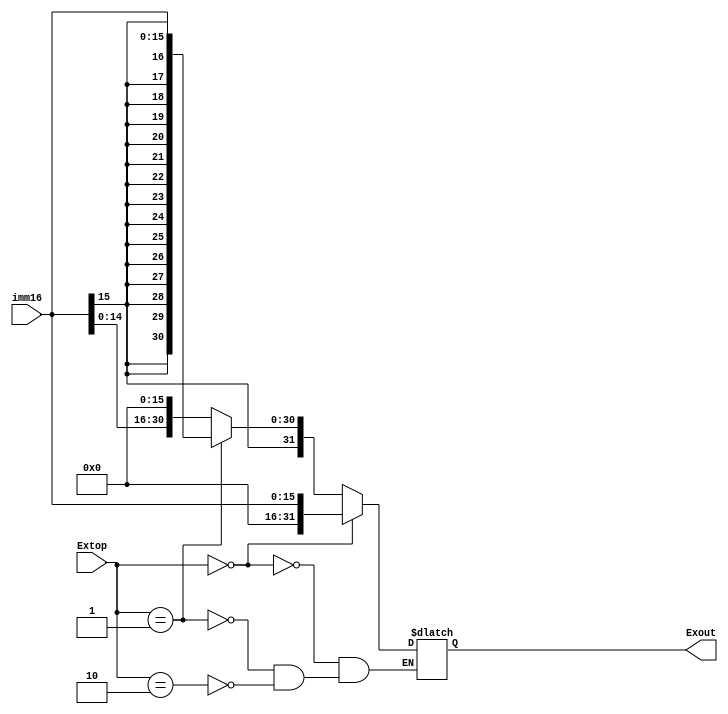
module extender(imm16, Extop, Exout);

input[15:0]	imm16;
input[1:0]	Extop;
output[31:0] Exout;

reg[31:0]	Exout;

always @(*)
begin
	if(Extop == 2'b00) //0
		Exout <= {16'b0, imm16};
	else if(Extop == 2'b01) //
		Exout <= {{16{imm16[15]}}, imm16};
	else if(Extop == 2'b10) //lui 0
		Exout <= {imm16, 16'b0};
end

endmodule